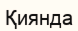
Қиянда